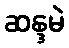
ဆန္ဒမဲ